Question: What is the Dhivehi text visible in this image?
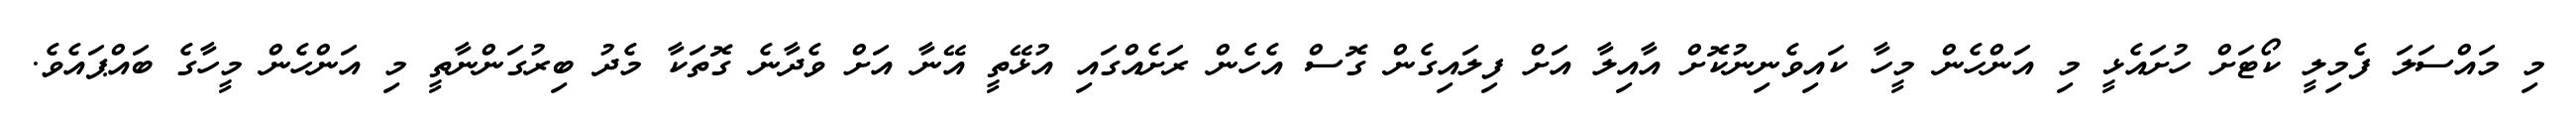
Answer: މި މައްސަލަ ފެމިލީ ކޯޓަށް ހުށައެޅީ މި އަންހެން މީހާ ކައިވެނިނުކޮށް އާއިލާ އަށް ފިލައިގެން ގޮސް އެހެން ރަށެއްގައި އުޅޭތީ އޭނާ އަށް ވެދާނެ ގޮތަކާ މެދު ބިރުގަންނާތީ މި އަންހެން މީހާގެ ބައްޕައެވެ.